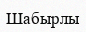
Шабырлы